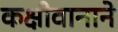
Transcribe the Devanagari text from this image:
कक्षीवानाने